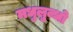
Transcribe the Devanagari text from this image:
मधुलुब्धो